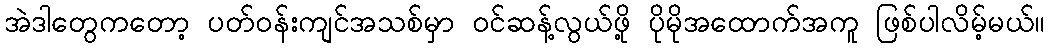
အဲဒါတွေကတော့ ပတ်ဝန်းကျင်အသစ်မှာ ဝင်ဆန့်လွယ်ဖို့ ပိုမိုအထောက်အကူ ဖြစ်ပါလိမ့်မယ်။